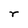
Character: r